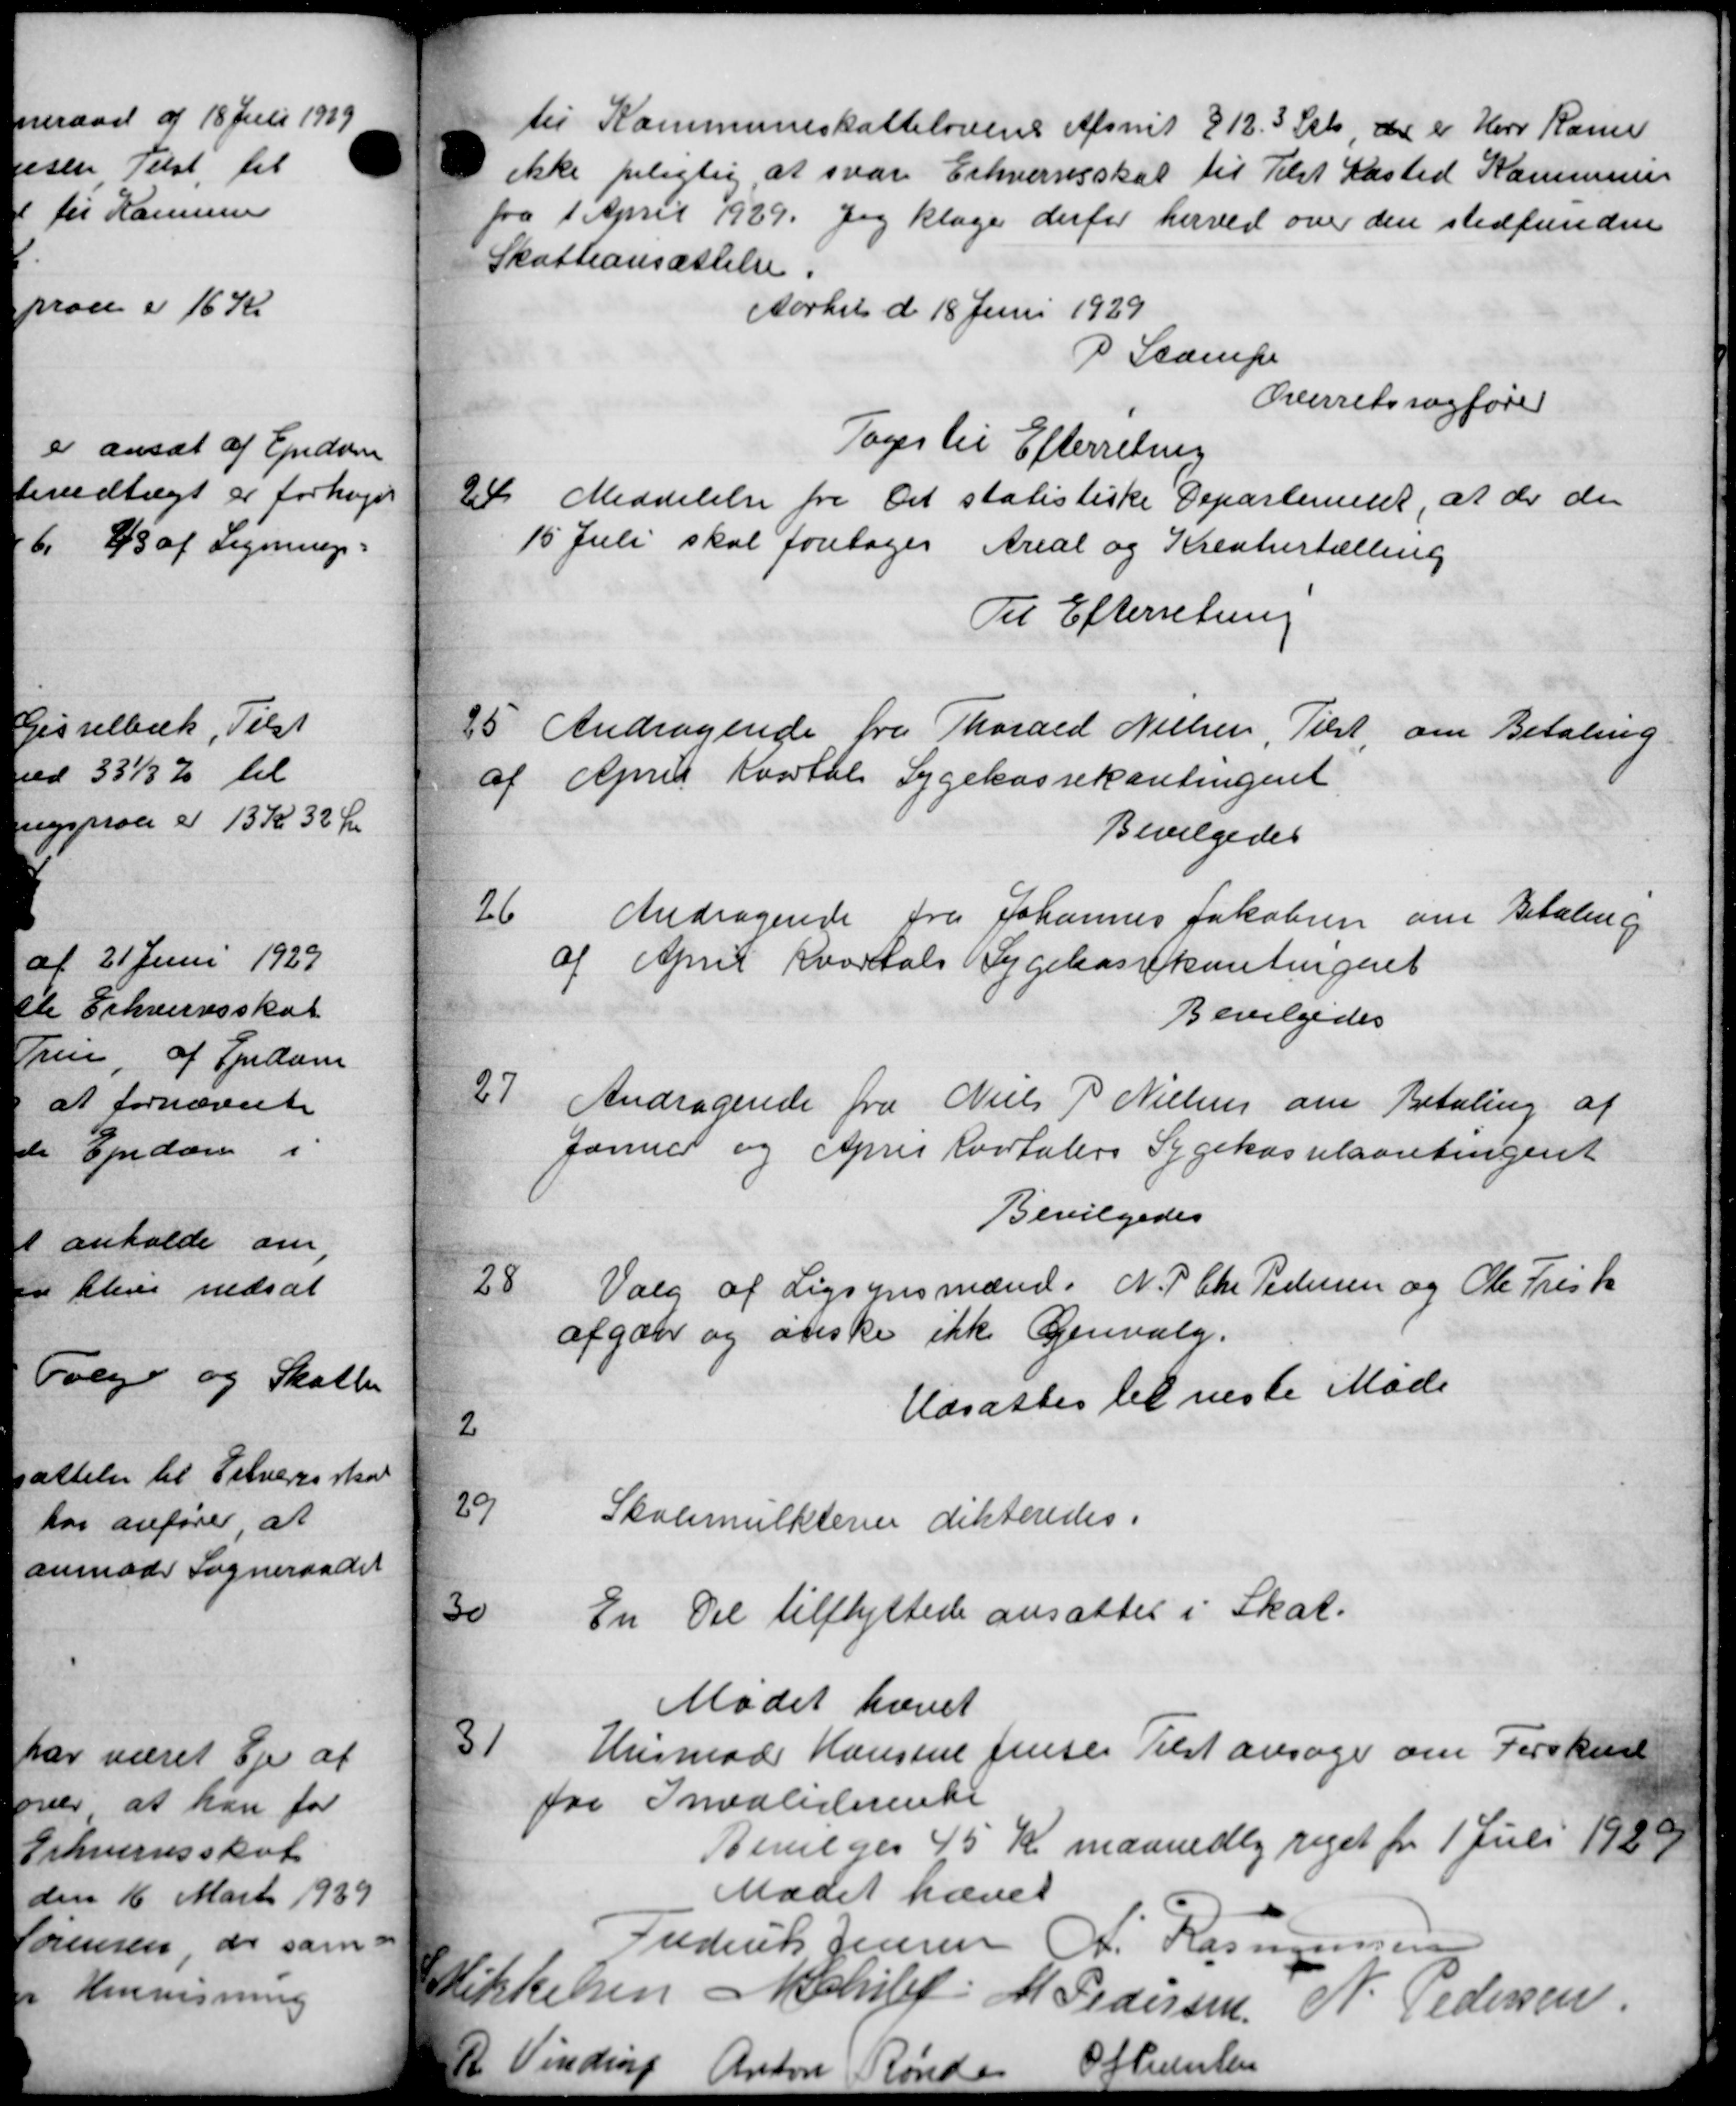
Transskription:
til Kommuneskattelovens Afsnit 812.3 Stk. der er Herr Kasser
ikke pligtig, at svar Erhvervsskat til Tilst Kasted Kommunen
fra 1 April 1929. Jeg klage derfor herved over den stedfundne
Skatteansættelse.
Aarhus d 18 Juni 1929
P. Stampe
Overretssagfører
Toges til Efterretning
24. Meddelelse fra Det statistiske Departement, at de der
15 Juli skal foretoges Areal og Kreaturtælling
Til Efterretning
25. Andragende fra Thorald Nielsen, Tilst, om Betaling
af April Kvartal Sygekassekontingent
Bevilgedes
26
Andragende fra Johannes Jakobsen om Betaling
af April Kvartals Sygekassekontingent
Bevilgedes
27
Andragende fra Niels P Nielsen om Betaling af
Januar og April Kvartalers Sygekassekontingent
Bevilgedes
28
Valg af Ligsynsmænd, N. P. Chr Pedersen og Ole Frisk
afgøre og ønske ikke Genvalg.
Udsattes til næste Møde
2
29
Skolemulkterier dikteredes.
30
En Del tilflyttede ansattes i Skat.
Mødet hævet
31
Husmod Hansine Jensen Tilst ansøger om Forskud
fra Invaliderente
Bevilges 45 Kr maanedlig reget fra 1 Juli 1920
Mødet hævet
Frederik Jensen K. Rasmussen
Mikkelsen Achilef: M. Pedersen N. Pedersen
R. Vinding
O Jensen
Anton Rønde